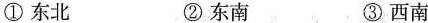
①东北 ②东南 ③西南